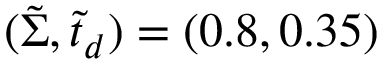
( \tilde { \Sigma } , \tilde { t } _ { d } ) = ( 0 . 8 , 0 . 3 5 )